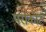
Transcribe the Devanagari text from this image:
परोकोट